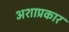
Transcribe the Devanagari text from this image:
अशाप्रकार